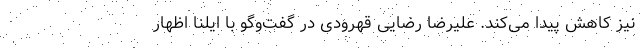
نیز کاهش پیدا می‌کند. علیرضا رضایی قهرودی در گفت‌وگو با ایلنا اظهار